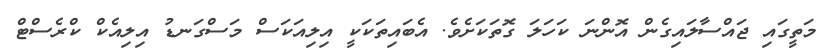
މަތީގައި ޖައްސާލައިގެން އޮންނަ ކަހަލަ ގޮތަކަށެވެ. އެބައިތަކަކީ އިލިއަކަސް މަސްގަނޑު އިލިއެކް ކްރެސްޓް